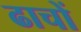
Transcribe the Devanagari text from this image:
ढाचों